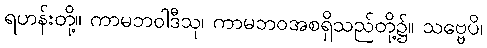
ရဟန်းတို့။ ကာမဘဝါဒီသု၊ ကာမဘဝအစရှိသည်တို့၌။ သဗ္ဗေပိ၊